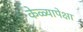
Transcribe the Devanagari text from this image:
केळ्यापेक्षा